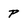
Character: P